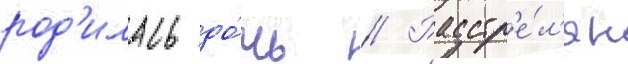
род'илась до́чь // Расстр'е́л'ян